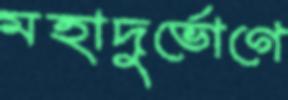
মহাদুর্ভোগে